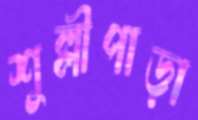
শুল্লীপাড়া